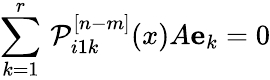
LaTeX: \sum_{k=1}^{r}\, {\cal P}_{i1k}^{[n-m]}(x)A{\mathbf e}_{k}=0